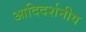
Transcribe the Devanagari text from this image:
आदिदर्शनीय